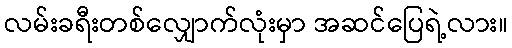
လမ်းခရီးတစ်လျှောက်လုံးမှာ အဆင်ပြေရဲ့လား။